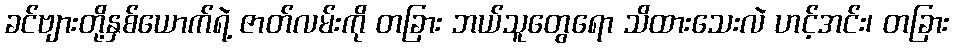
ခင်ဗျားတို့နှစ်ယောက်ရဲ့ ဇာတ်လမ်းကို တခြား ဘယ်သူတွေရော သိထားသေးလဲ ဟင့်အင်း၊ တခြား